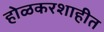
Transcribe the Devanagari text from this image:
होळकरशाहीत